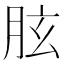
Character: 胘